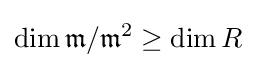
\dim {{\mathfrak {m}}/{\mathfrak {m}}^{2}\geq \dim {R}}